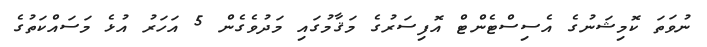
ނުވަތަ ކޮމިޝަނުގެ އެސިސްޓެންޓް އޮފިސަރުގެ މަޤާމުގައި މަދުވެގެން 5 އަހަރު އުޅެ މަސައްކަތުގެ